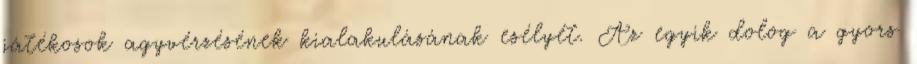
játékosok agyvérzésének kialakulásának esélyét. Az egyik dolog a gyors